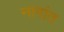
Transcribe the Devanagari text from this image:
नागांत